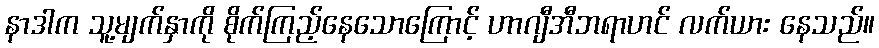
နာဒါက သူ့မျက်နှာကို စိုက်ကြည့်နေသောကြောင့် ဟာဂျီအီဘရာဟင် လက်ယား နေသည်။